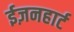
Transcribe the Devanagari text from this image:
ईज़नहार्ट